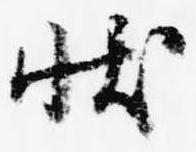
状